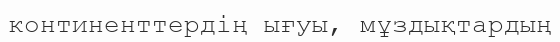
континенттердің ығуы, мұздықтардың